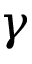
\gamma